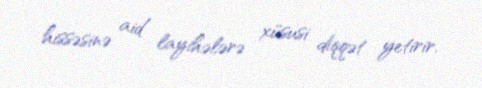
hissəsinə aid layihələrə xüsusi diqqət yetirir.